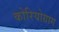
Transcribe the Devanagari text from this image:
कोरियोग्राग